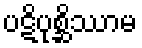
ပဋိပုစ္ဆိဿာမ